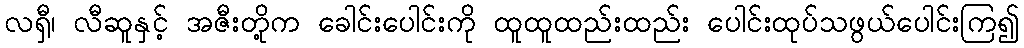
လရှီ၊ လီဆူနှင့် အဇီးတို့က ခေါင်းပေါင်းကို ထူထူထည်းထည်း ပေါင်းထုပ်သဖွယ်ပေါင်းကြ၍